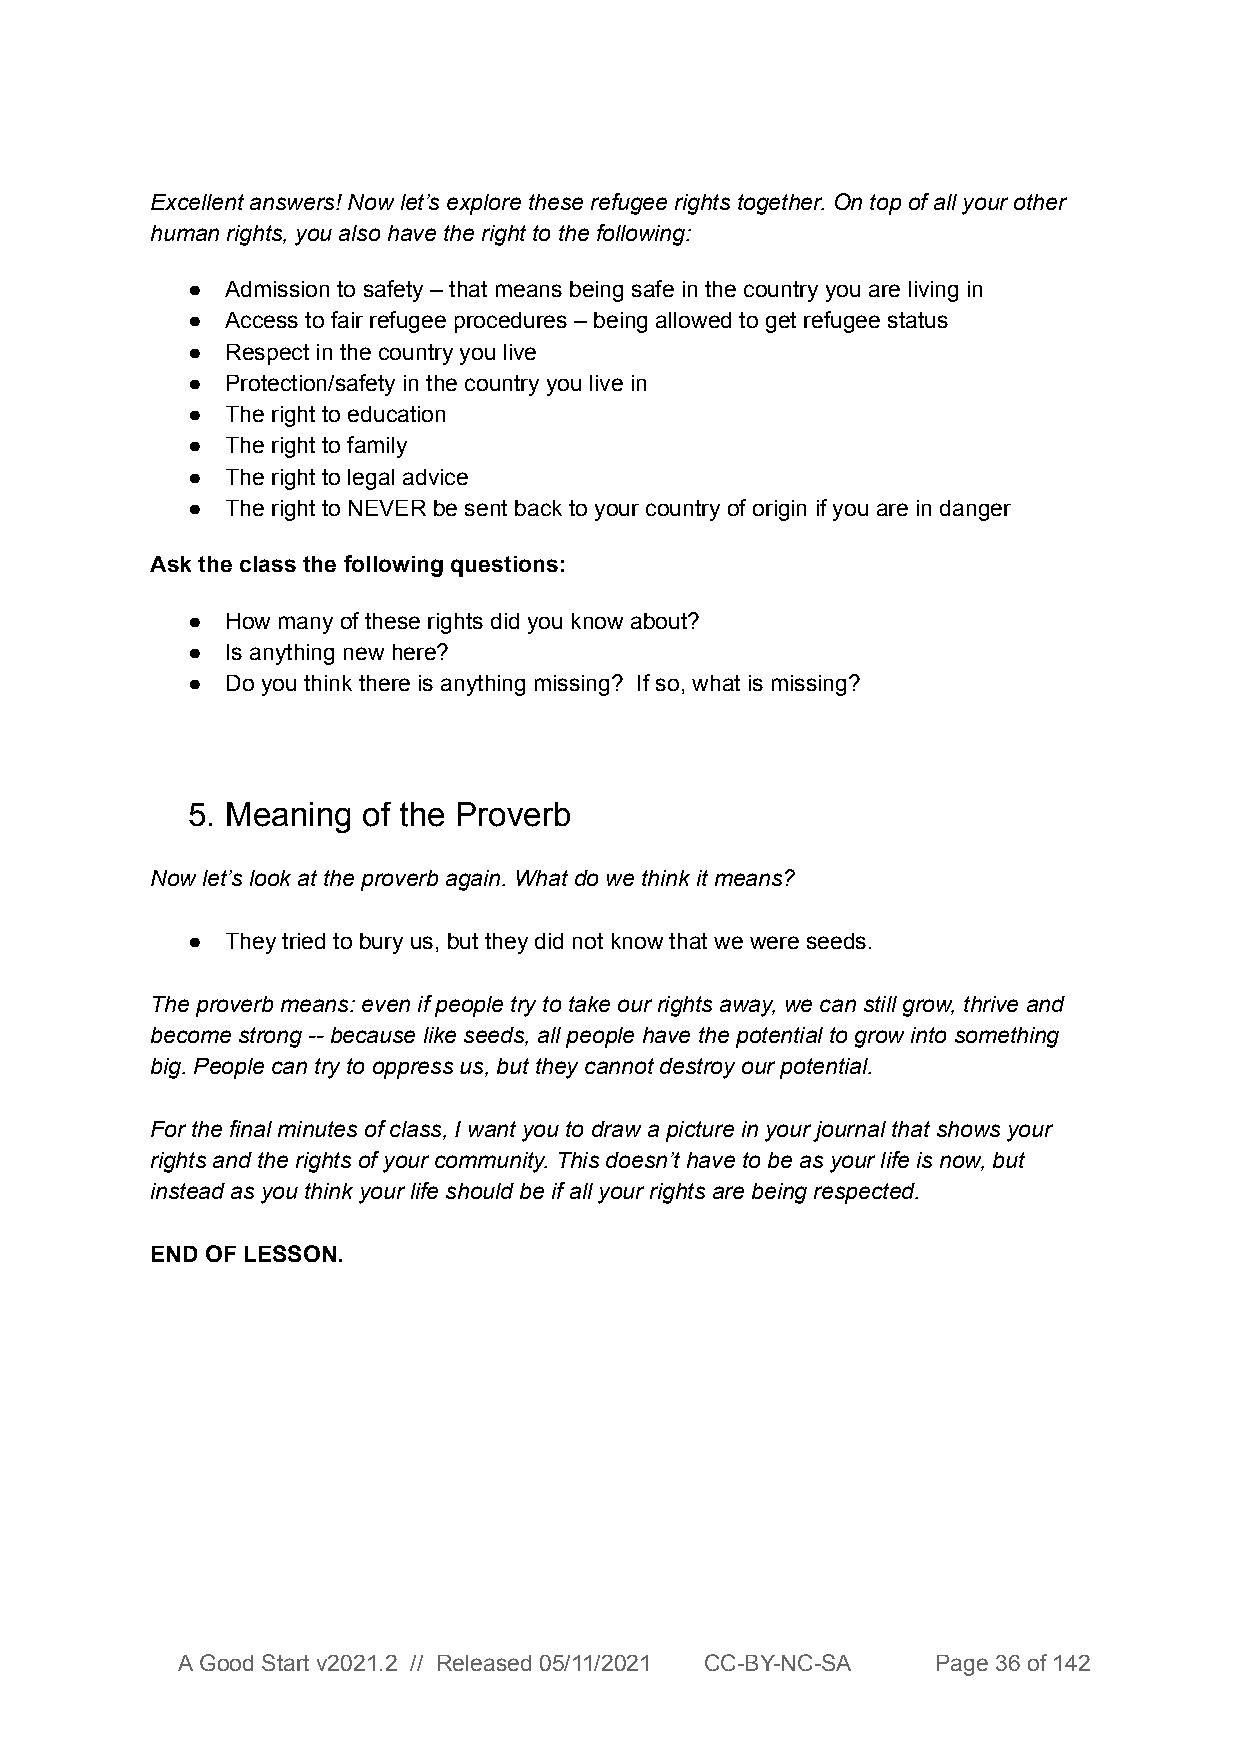
Excellent answers! Now let’s explore these refugee rights together. On top of all your other
 human rights, you also have the right to the following:
 ●  Admission to safety – that means being safe in the country you are living in
 ●  Access to fair refugee procedures – being allowed to get refugee status
 ●  Respect in the country you live
 ●  Protection/safety in the country you live in
 ●  The right to education
 ●  The right to family
 ●  The right to legal advice
 ●  The right to NEVER be sent back to your country of origin if you are in danger
 Ask the class the following questions:
 ●  How many of these rights did you know about?
 ●  Is anything new here?
 ●  Do you think there is anything missing? If so, what is missing?
 5. Meaning  of the Proverb
 Now let’s look at the proverb again. What do we think it means?
 ●  They tried to bury us, but they did not know that we were seeds.
 The proverb means: even if people try to take our rights away, we can still grow, thrive and
 become strong -- because like seeds, all people have the potential to grow into something
 big. People can try to oppress us, but they cannot destroy our potential.
 For the final minutes of class, I want you to draw a picture in your journal that shows your
 rights and the rights of your community. This doesn’t have to be as your life is now, but
 instead as you think your life should be if all your rights are being respected.
 END OF LESSON.
 A Good Start v2021.2 // Released 05/11/2021 CC-BY-NC-SA Page 36 of 142